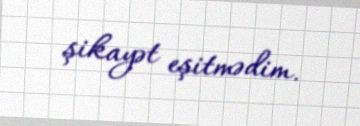
şikayət eşitmədim.